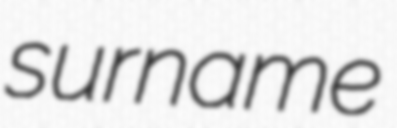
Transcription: surname